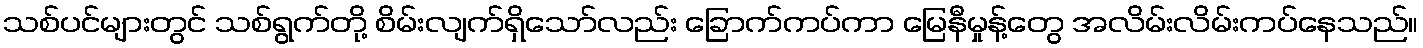
သစ်ပင်များတွင် သစ်ရွက်တို့ စိမ်းလျက်ရှိသော်လည်း ခြောက်ကပ်ကာ မြေနီမှုန့်တွေ အလိမ်းလိမ်းကပ်နေသည်။